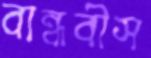
বান্ধবীস